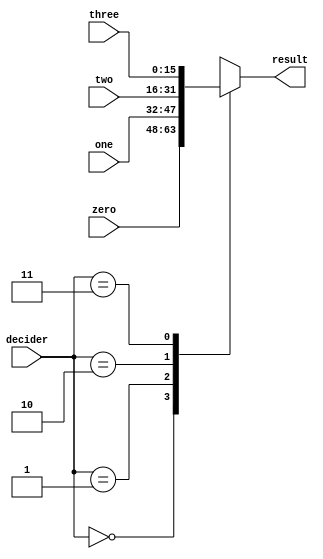
//16bit-multiplexer 4 to 1
module sixteenBitMultiplexer4to1(zero, one, two, three, decider, result);
  input [15:0] zero;
  input [15:0] one;
  input [15:0] two;
  input [15:0] three;
  output reg [15:0] result; 
  input [1:0] decider;

  always @(*) begin
    case (decider)
      2'b00: result = zero;
      2'b01: result = one;
      2'b10: result = two;
      2'b11: result = three;
      default: ;
    endcase
  end
endmodule